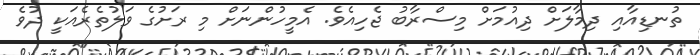
ތުނޑިއާއި ދިމާލަށް ދިއުމަށް މިސްރާބު ޖެހިއެވެ. އެމީހުންނަށް މި ރަށުގެ ވަލުތެރެއަކީ ދުވެ